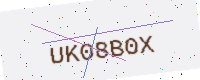
Text: UK08B0X